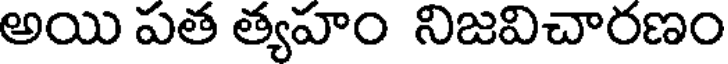
అయి పత త్యహం నిజవిచారణం